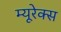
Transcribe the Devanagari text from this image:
म्यूरेक्स